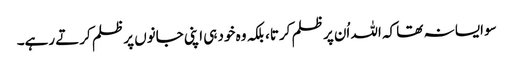
سو ایسا نہ تھا کہ اللہ اُن پر ظلم کرتا، بلکہ وہ خود ہی اپنی جانوں پر ظلم کرتے رہے۔